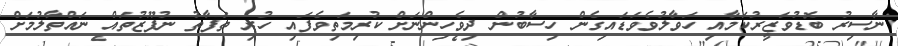
ނާސިރު ބޮޑުވަޒީރުކަމާއި ހަވާލުވެވަޑައިގެން ހިސާބުން ދިވެހިންނަށް ކުރިމަތިވެފައި ހުރި ތަފާތު ނުފޫޒުތައް ނައްތާލުމަށް